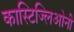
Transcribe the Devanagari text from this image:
कास्टिज्लिओनी